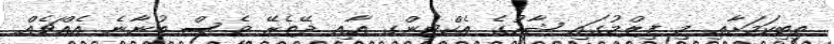
ތިބިކަމަށާއި މި ފިލްމުގައި ޝާހުގެ އެކްޓިންގ އާއި ދޭތެރޭ ވެސް ބުނާނެ އެއްޗެއް